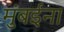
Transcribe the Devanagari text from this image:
मुंबईना